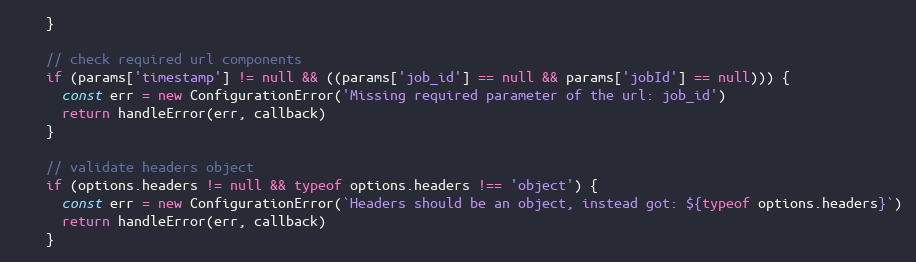
Language: JavaScript
    }

    // check required url components
    if (params['timestamp'] != null && ((params['job_id'] == null && params['jobId'] == null))) {
      const err = new ConfigurationError('Missing required parameter of the url: job_id')
      return handleError(err, callback)
    }

    // validate headers object
    if (options.headers != null && typeof options.headers !== 'object') {
      const err = new ConfigurationError(`Headers should be an object, instead got: ${typeof options.headers}`)
      return handleError(err, callback)
    }